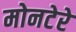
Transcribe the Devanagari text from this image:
मोनटेरे